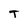
Character: T